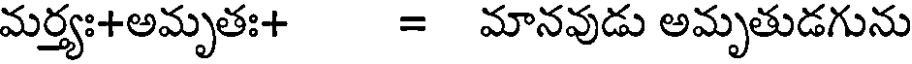
మర్త్యః+అమృతః+ = మానవుడు అమృతుడగును